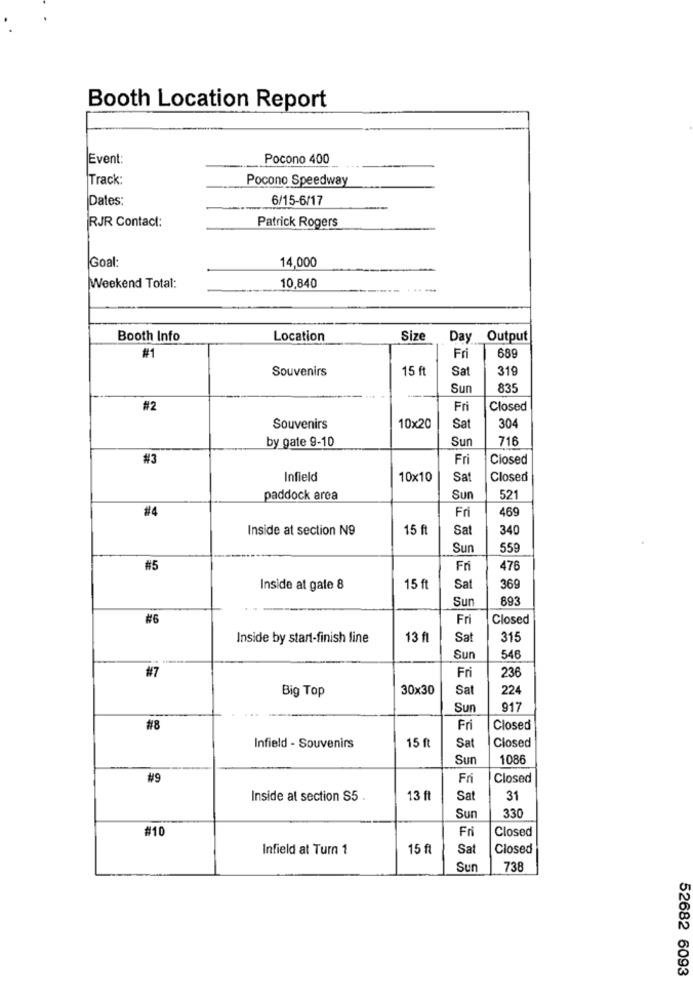
Booth Location Report
Event:
Pocono 400
Track:
Pocono Speedway
Dates:
6/15-6/17
RJR Contact:
Patrick Rogers
Goal:
14,000
10,840
Weekend Total:
Booth Info
Location
Size
Day
Output
#1
Fri
689
Souvenirs
15 ft
Sat
319
Sur
835
#2
Fri
Closed
Souvenirs
10×20
Sat
304
by gate 9-10
Su
716
#3
Fri
Closed
Infield
10×10
Sat
Closed
paddock area
Sun
521
#4
Fri
469
Inside at section N9
15 ft
Sat
340
Sun
559
#5
Fri
476
Inside at gale 8
15 ft
Sat
369
Sun
893
#6
Fri
Closed
Inside by start-finish line
13 fl
Sat
315
---
Sur
546
#7
Fri
236
Big Top
30×30
Sat
224
....
Sun
917
#8
Fri
Closed
Closed
Infield - Souvenirs
15 ft
Sat
Sun
1086
#9
Fri
Closed
Inside al section S5
13 ft
Sat
31
330
Sun
#10
Fri
Closed
Infield at Turn 1
15 ft
Sat
Closed
Sun
738
52682 6093